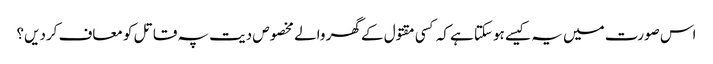
اس صورت میں یہ کیسے ہوسکتا ہے کہ کسی مقتول کے گھر والے مخصوص دیت پہ قاتل کو معاف کردیں؟